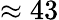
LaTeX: \approx 43